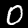
Label: 0